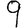
Digit: 9